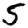
Digit: 5